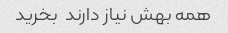
همه بهش نیاز دارند  بخرید